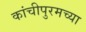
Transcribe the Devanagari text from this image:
कांचीपुरमच्या